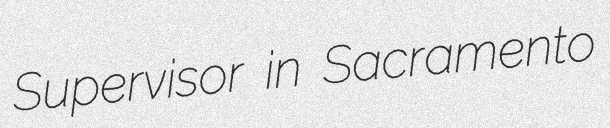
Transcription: Supervisor in Sacramento